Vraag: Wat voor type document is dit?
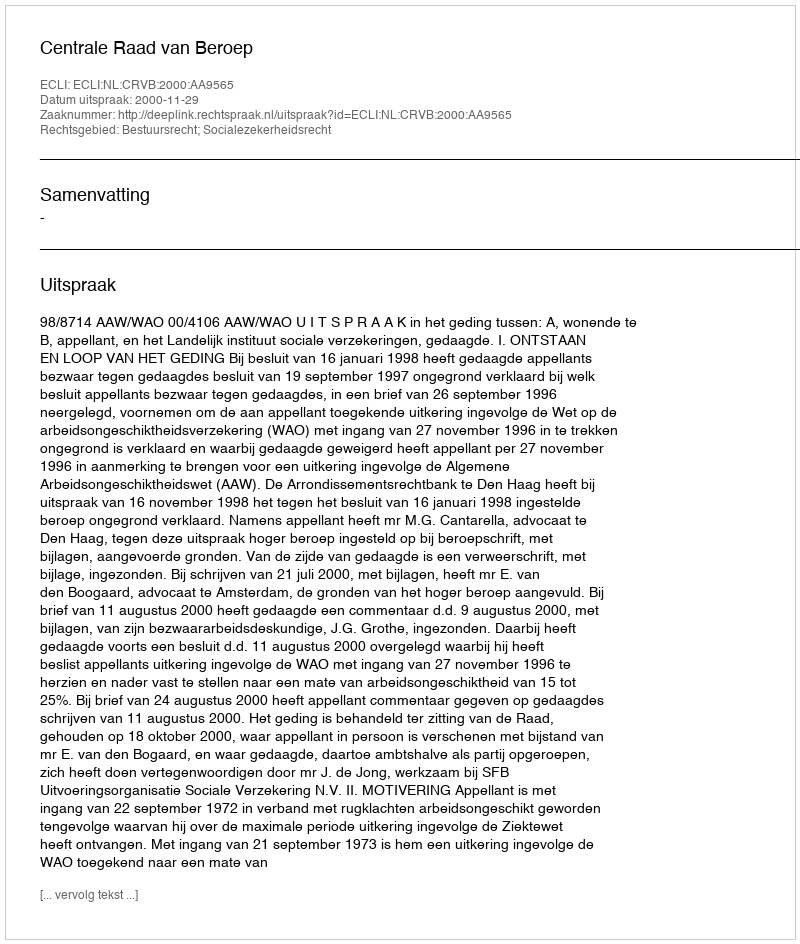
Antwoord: Uitspraak